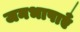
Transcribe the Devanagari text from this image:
जनभाषाएँ